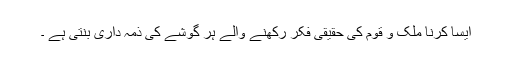
ایسا کرنا ملک و قوم کی حقیقی فکر رکھنے والے ہر گوشے کی ذمہ داری بنتی ہے ۔